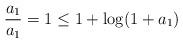
LaTeX: \begin{align*}\frac{a_1}{a_1} = 1 \leq 1 + \log(1 + a_1)\end{align*}